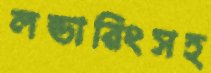
লন্ডারিংসহ